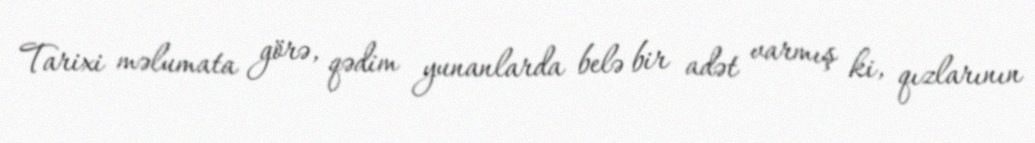
Tarixi məlumata görə, qədim yunanlarda belə bir adət varmış ki, qızlarının